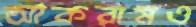
আকরামও